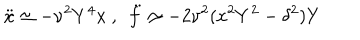
{ \ddot { x } } \simeq - \nu ^ { 2 } Y ^ { 4 } x \ , \ \ { \ddot { f } } \simeq - 2 \nu ^ { 2 } ( x ^ { 2 } Y ^ { 2 } - \delta ^ { 2 } ) Y